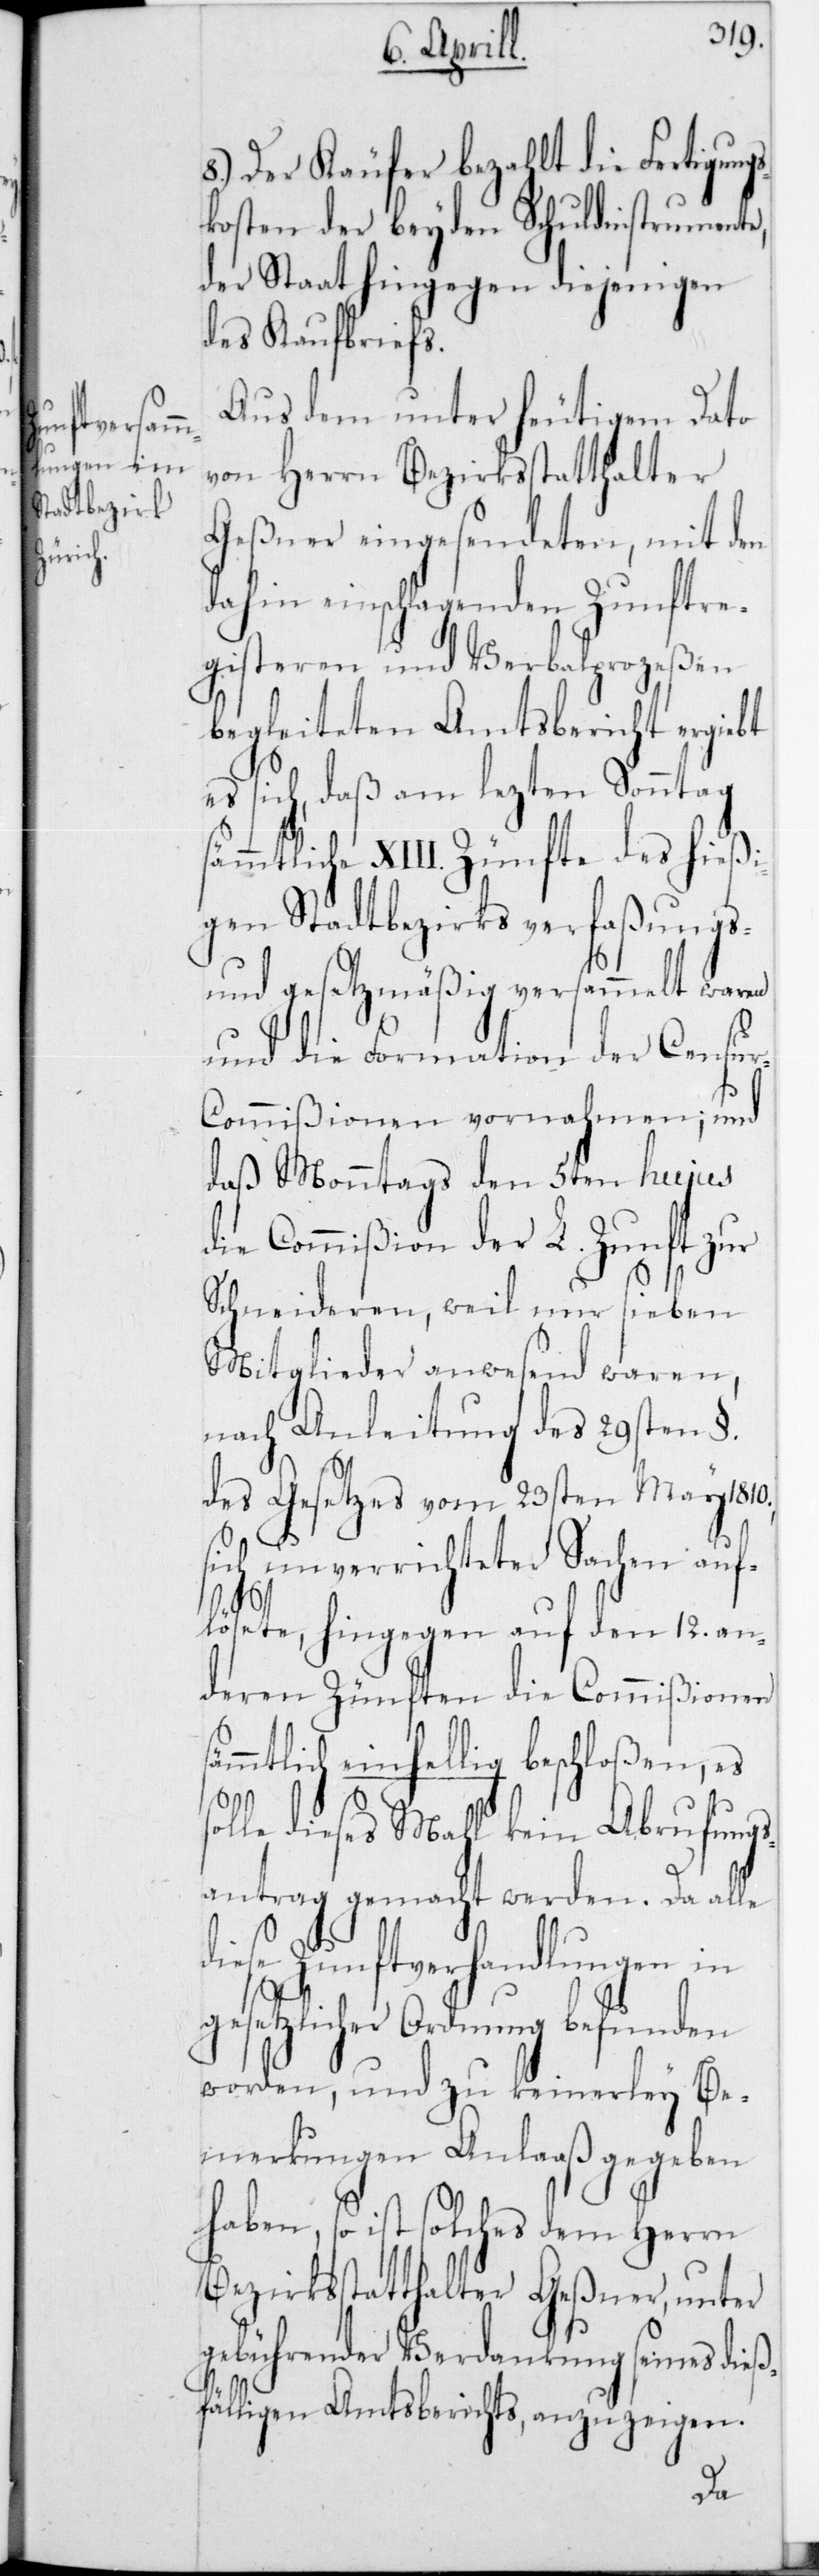
8.) Der Käufer bezahlt die Fertigung¬
skosten der beyden Schuldinstrumente,
der Staat hingegen diejenigen
des Kaufbriefs.
Aus dem unter heutigem Dato
von Herrn Bezirksstatthalter
Geßner eingesendeten, mit den
dahin einschlagenden Zunftre¬
gisteren und Verbalprozeßen
begleiteten Amtsbericht ergiebt
es sich, daß am lezten Sonntag
sämtliche XIII Zünfte des hießi¬
gen Stadtbezirks verfaßungs-
und gesetzmäßig versammelt waren
und die Formation der Censu¬
r-Commißionen vornahmen; und
daß Monntags den 5ten hujus
die Commißion der L. Zunft zur
Schneideren, weil nur sieben
Mitglieder anwesend waren,
nach Anleitung des 29sten §
des Gesetzes vom 23sten May 1810,
sich unverrichteter Sachen auf¬
lösete, hingegen auf den 12 an¬
deren Zünften die Commißionen
ämmtlich einhellig beschloßen, es
solle dieses Mahl kein Abrufungs¬
antrag gemacht werden. Da alle
diese Zunftverhandlungen in
gesetzlicher Ordnung befunden
worden, und zu keinerley Be¬
merkungen Anlaaß gegeben
haben, so ist solches dem Herrn
Bezirksstatthalter Geßner, unter
gebührender Verdankung seines dieß¬
fälligen Amtsberichts, anzuzeigen.
s¬